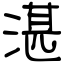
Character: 湛